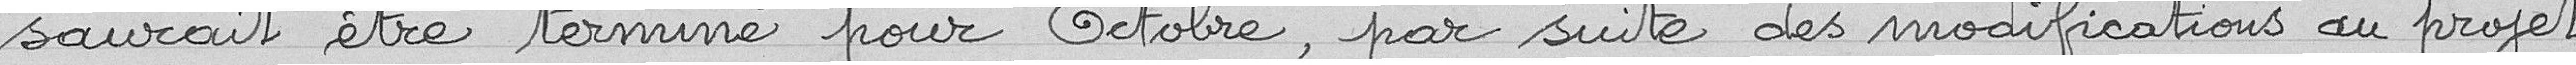
saurait être terminé pour Octobre, par suite des modifications au projet